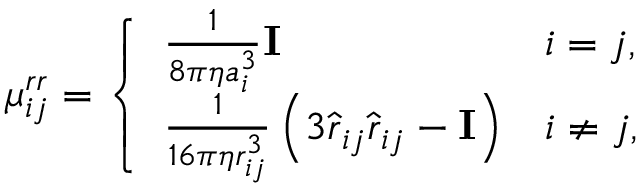
\mu _ { i j } ^ { r r } = \left\{ \begin{array} { l l } { \frac { 1 } { 8 \pi \eta a _ { i } ^ { 3 } } \mathbf { I } } & { i = j , } \\ { \frac { 1 } { 1 6 \pi \eta r _ { i j } ^ { 3 } } \left( 3 \hat { \boldsymbol { r } } _ { i j } \hat { \boldsymbol { r } } _ { i j } - \mathbf { I } \right) } & { i \neq j , } \end{array} \right.